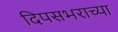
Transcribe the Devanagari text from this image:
दिपसभराच्या